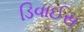
ડિવાઈસ